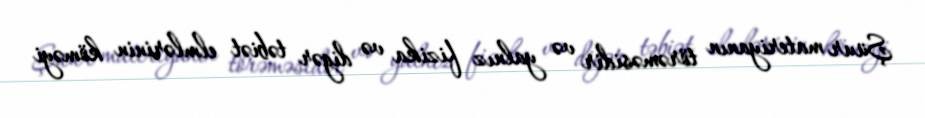
Şüur materiyanın törəməsidir və yalnız fizika və digər təbiət elmlərinin köməyi